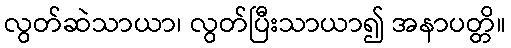
လွတ်ဆဲသာယာ၊ လွတ်ပြီးသာယာ၍ အနာပတ္တိ။